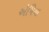
એપિયા